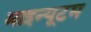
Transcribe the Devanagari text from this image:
माइन्यूटम